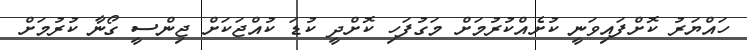
ހައްޔަރު ކޮށްފައިވަނީ ކުށެއްކުރުމަށް މަގުފަހި ކޮށްދީ ކުޑަ ކުއްޖަކަށް ޖިންސީ ގޯނާ ކުރުމަށް